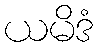
ယမိဒံ